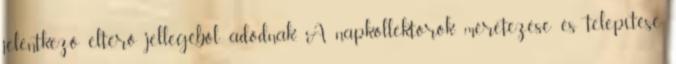
jelentkező eltérő jellegéből adódnak. A napkollektorok méretezése és telepítése